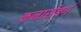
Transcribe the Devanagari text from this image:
कनार्सबर्ग